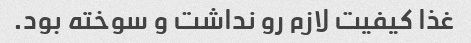
غذا کیفیت لازم رو نداشت و سوخته بود.